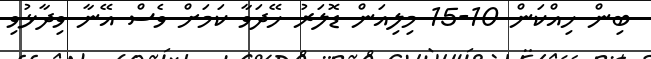
ބިން ހިއްކަން 10-15 މިލިއަން ޑޮލަރު ހޭދަވާ ކަމަށް ވެސް އޭނާ ވިދާޅުވި